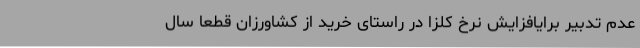
عدم تدبیر برایافزایش نرخ کلزا در راستای خرید از کشاورزان قطعاً سال